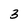
Character: 3